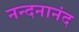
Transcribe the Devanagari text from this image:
नन्दनानंद